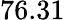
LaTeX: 76.31